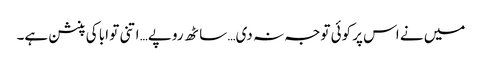
میں نے اس پر کوئی توجہ نہ دی… ساٹھ روپے… اتنی تو ابا کی پنشن ہے۔